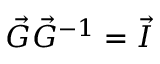
\vec { G } \vec { G } ^ { - 1 } = \vec { I }